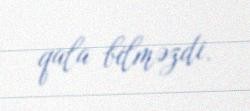
qala bilməzdi.